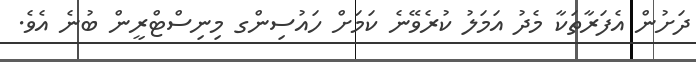
ދަށުން އެފަރާތަކާ މެދު އަމަލު ކުރެވޭނެ ކަމަށް ހައުސިންގ މިނިސްޓްރީން ބުނެ އެވެ.